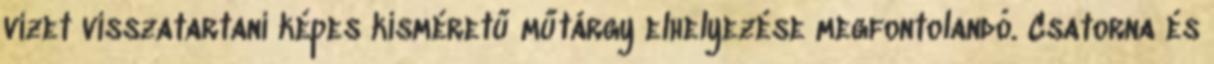
vizet visszatartani képes kisméretű műtárgy elhelyezése megfontolandó. Csatorna és